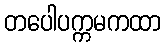
တပေါပက္ကမကထာ